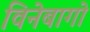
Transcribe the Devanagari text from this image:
विनेबागो